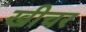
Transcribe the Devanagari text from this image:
खीचर